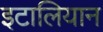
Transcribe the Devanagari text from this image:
इटालियान